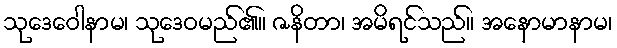
သုဒေဝေါနာမ၊ သုဒေဝမည်၏။ ဇနိတာ၊ အမိရင်သည်။ အနောမာနာမ၊